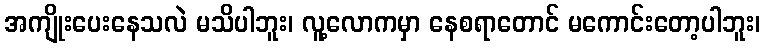
အကျိုးပေးနေသလဲ မသိပါဘူး၊ လူ့လောကမှာ နေစရာတောင် မကောင်းတော့ပါဘူး၊